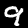
Label: 9